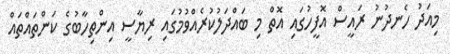
މިއަދު ހެނދުނު ރައީސް އޮފީހުގައި އޮތް މި ބައްދަލުކުރެއްވުމުގައި ރިޔާސީ އިންތިހާބުގެ ކަންތައްތައް